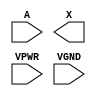
/**
 * Copyright 2020 The SkyWater PDK Authors
 *
 * Licensed under the Apache License, Version 2.0 (the "License");
 * you may not use this file except in compliance with the License.
 * You may obtain a copy of the License at
 *
 *     https://www.apache.org/licenses/LICENSE-2.0
 *
 * Unless required by applicable law or agreed to in writing, software
 * distributed under the License is distributed on an "AS IS" BASIS,
 * WITHOUT WARRANTIES OR CONDITIONS OF ANY KIND, either express or implied.
 * See the License for the specific language governing permissions and
 * limitations under the License.
 *
 * SPDX-License-Identifier: Apache-2.0
 */

`ifndef SKY130_FD_SC_HS__DLYMETAL6S2S_PP_SYMBOL_V
`define SKY130_FD_SC_HS__DLYMETAL6S2S_PP_SYMBOL_V

/**
 * dlymetal6s2s: 6-inverter delay with output from 2nd stage on
 *               horizontal route.
 *
 * Verilog stub (with power pins) for graphical symbol definition
 * generation.
 *
 * WARNING: This file is autogenerated, do not modify directly!
 */

`timescale 1ns / 1ps
`default_nettype none

(* blackbox *)
module sky130_fd_sc_hs__dlymetal6s2s (
    //# {{data|Data Signals}}
    input  A   ,
    output X   ,

    //# {{power|Power}}
    input  VPWR,
    input  VGND
);
endmodule

`default_nettype wire
`endif  // SKY130_FD_SC_HS__DLYMETAL6S2S_PP_SYMBOL_V